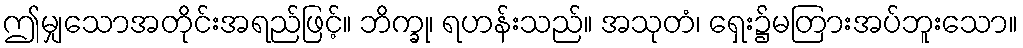
ဤမျှသောအတိုင်းအရည်ဖြင့်။ ဘိက္ခု၊ ရဟန်းသည်။ အသုတံ၊ ရှေး၌မတြားအပ်ဘူးသော။